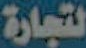
لتجارة